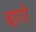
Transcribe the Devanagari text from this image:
बागरे